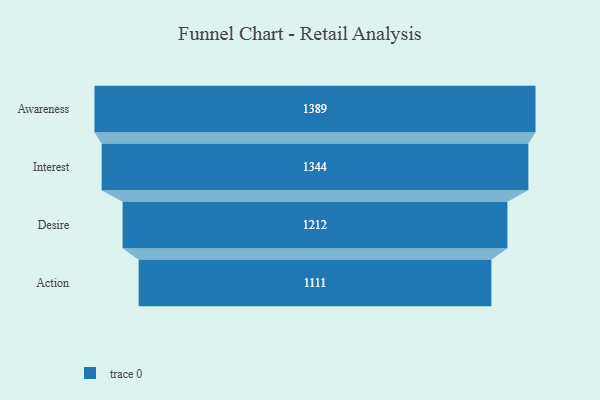
{"axis": {"x": "Stage", "y": "Value"}, "legend": [""], "data": [{"x": "Awareness", "y": 1389.0, "type": ""}, {"x": "Interest", "y": 1344.0, "type": ""}, {"x": "Desire", "y": 1212.0, "type": ""}, {"x": "Action", "y": 1111.0, "type": ""}]}